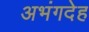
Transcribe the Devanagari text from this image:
अभंगदेह